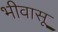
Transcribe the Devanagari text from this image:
भीवासू